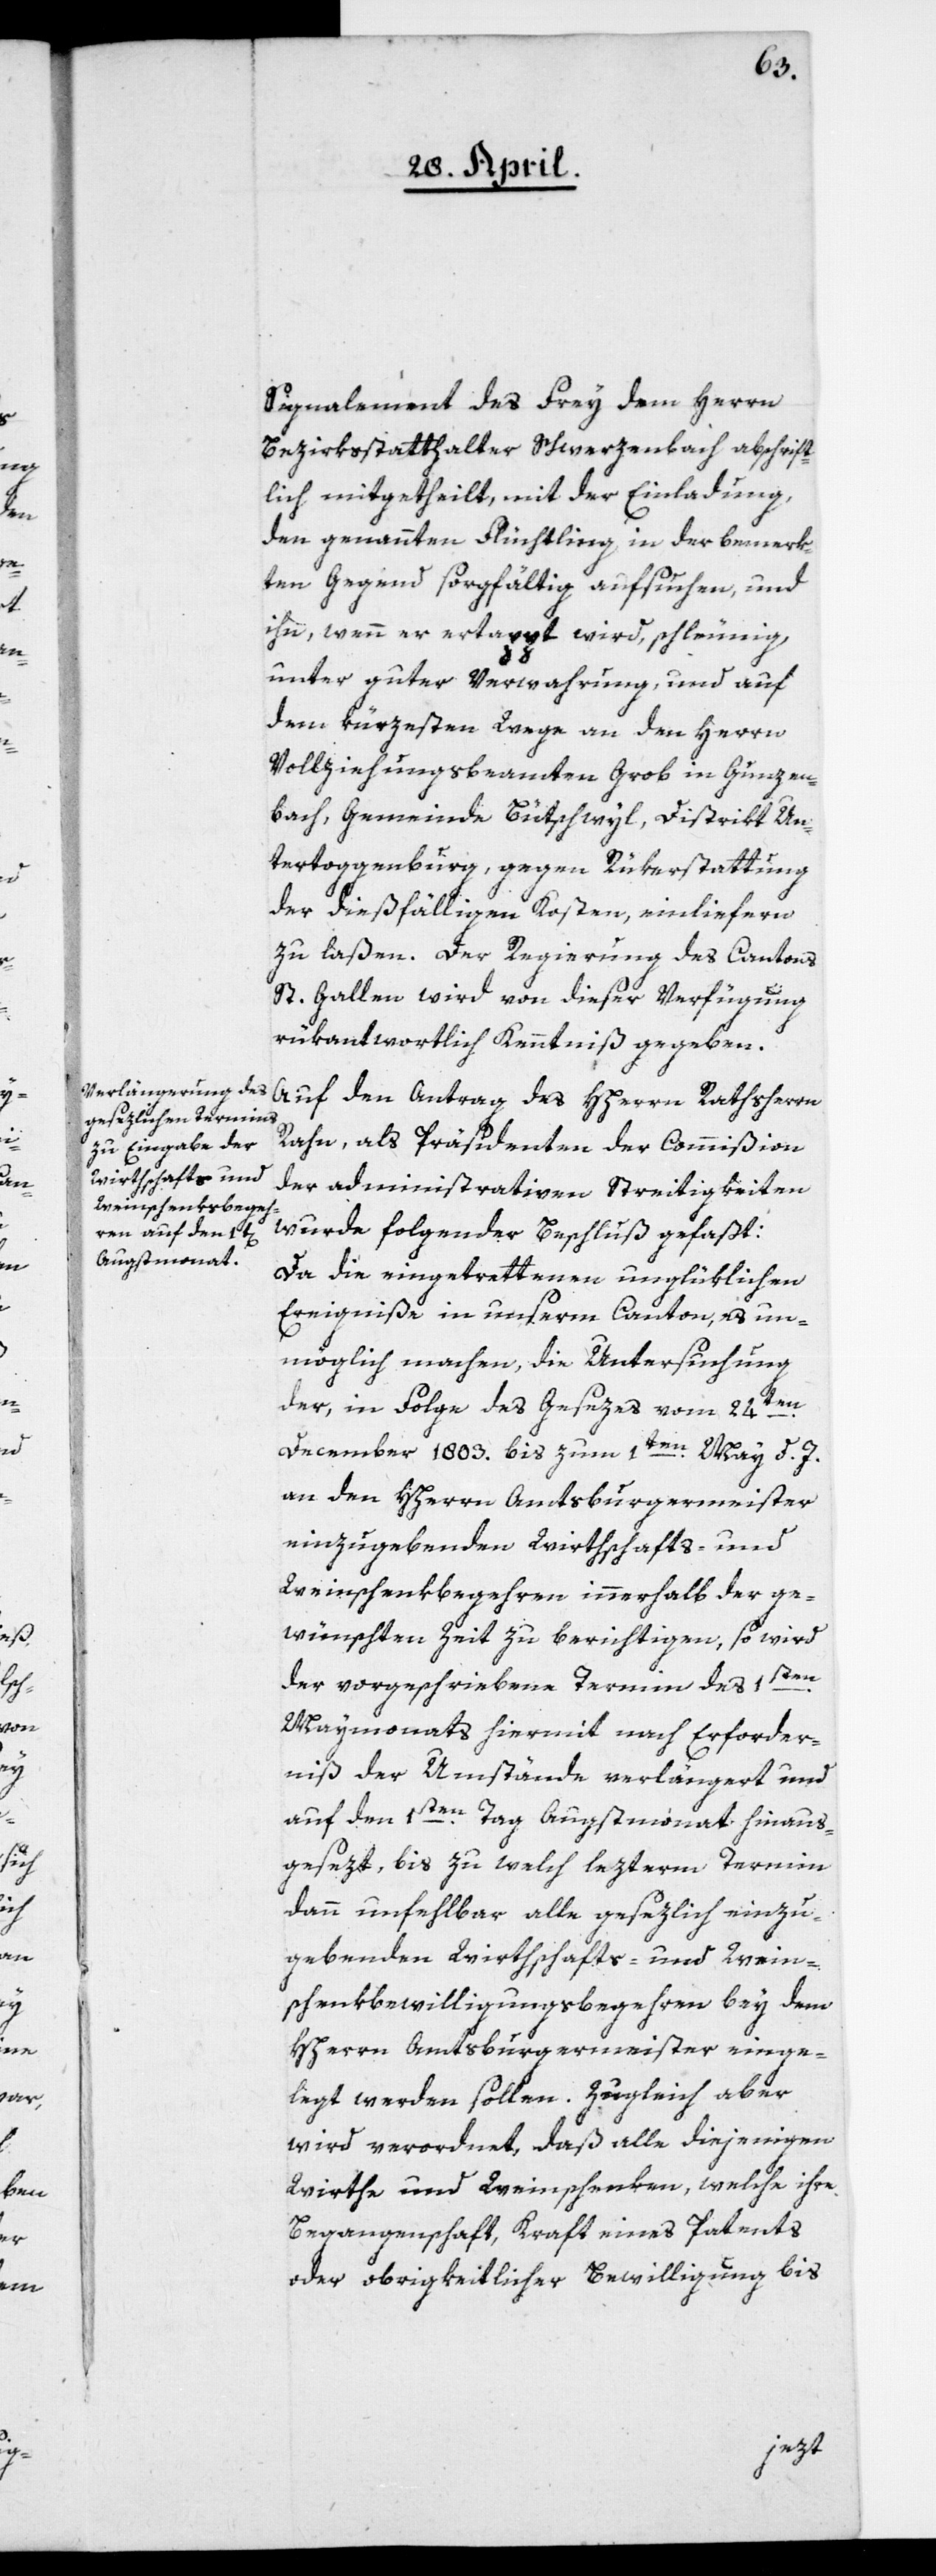
Signalement des Frey dem Herrn
Bezirksstatthalter Schwerzenbach abschrift¬
lich mitgetheilt, mit der Einladung,
den genannten Flüchtling in der bemerk¬
ten Gegend sorgfältig aufsuchen, und
ihn, wenn er ertappt wird, schleunig
unter guter Verwahrung, und auf
dem kürzesten Wege an den Herrn
Vollziehungsbeamten Grob in Gunzen¬
bach, Gemeinde Bütschwyl, Distrikt Un¬
tertoggenburg, gegen Rükerstattung
der dießfälligen Kosten, einliefern
zu laßen. Der Regierung des Cantons
St. Gallen wird von dieser Verfügung
rükantwortlich Kenntniß gegeben.
Auf den Antrag des HHerrn Rathsherrn
Rahn, als Präsidenten der Commißion
der administrativen Streitigkeiten
wurde folgender Beschluß gefaßt:
Da die eingetrettenen unglüklichen
Ereigniße in unserm Canton, es un¬
möglich machen, die Untersuchung
der, in Folge des Gesezes vom 24ten
December 1803. bis zum 1ten May d. J.
an den HHerrn Amtsburgermeister
einzugebenden Wirthschafts- und
Weinschenkbegehren innerhalb der ge¬
wünschten Zeit zu berichtigen, so wird
der vorgeschriebene Termin des 1sten
Maymonats hiermit nach Erforder¬
niß der Umstände verlängert und
auf den 1sten Tag Augstmonat hinaus¬
gesezt, bis zu welch lezterm Termin
dann unfehlbar alle gesezlich einzu¬
gebenden Wirthschafts- und Wein¬
schenkbewilligungsbegehren bey dem
HHerrn Amtsburgermeister einge¬
legt werden sollen. Zugleich aber
wird verordnet, daß alle diejenigen
Wirthe und Weinschenken, welche ihre
Begangenschaft, Kraft eines Patents
oder obrigkeitlicher Bewilligung bis